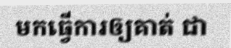
មកធ្វើការឲ្យគាត់ ជា